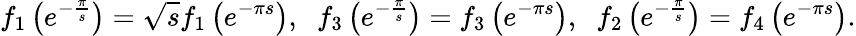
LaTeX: f_{1}\left(e^{-\frac{\pi}{s}}\right)=\sqrt{s}f_{1}\left(e^{-\pi s}\right),\; \; f_{3}\left(e^{-\frac{\pi}{s}}\right)=f_{3}\left(e^{-\pi s}\right),\; \; f_{2}\left(e^{-\frac{\pi}{s}}\right)=f_{4}\left(e^{-\pi s}\right).